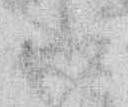
御